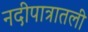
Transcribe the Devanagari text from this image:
नदीपात्रातली